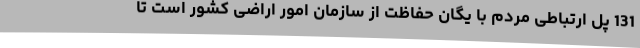
131 پل ارتباطی مردم با یگان حفاظت از سازمان امور اراضی کشور است تا